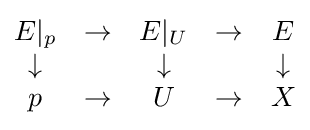
{\begin{matrix}E|_{p}&\to &E|_{U}&\to &E\\\downarrow &&\downarrow &&\downarrow \\p&\to &U&\to &X\end{matrix}}